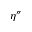
\eta ^ { \dprime }